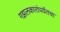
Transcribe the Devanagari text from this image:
गझलकारांपर्यंतचा